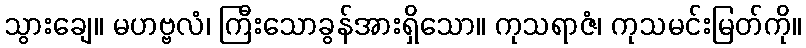
သွားချေ။ မဟဗ္ဗလံ၊ ကြီးသောခွန်အားရှိသော။ ကုသရာဇံ၊ ကုသမင်းမြတ်ကို။